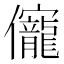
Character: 𠑙